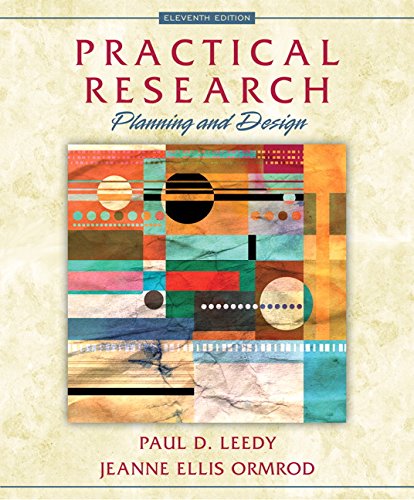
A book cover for Practical Research: Planning and Design (11th Edition); Paul D. Leedy; Education & Teaching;